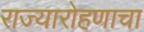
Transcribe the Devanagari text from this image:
राज्यारोहणाचा